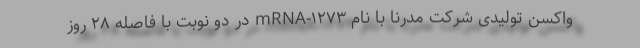
واکسن تولیدی شرکت مدرنا با نام mRNA-۱۲۷۳ در دو نوبت با فاصله ۲۸ روز